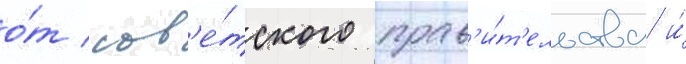
о́т сов'е́тского прав'и́т'ельства и́